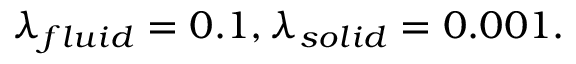
\lambda _ { f l u i d } = 0 . 1 , \lambda _ { s o l i d } = 0 . 0 0 1 .